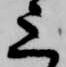
上